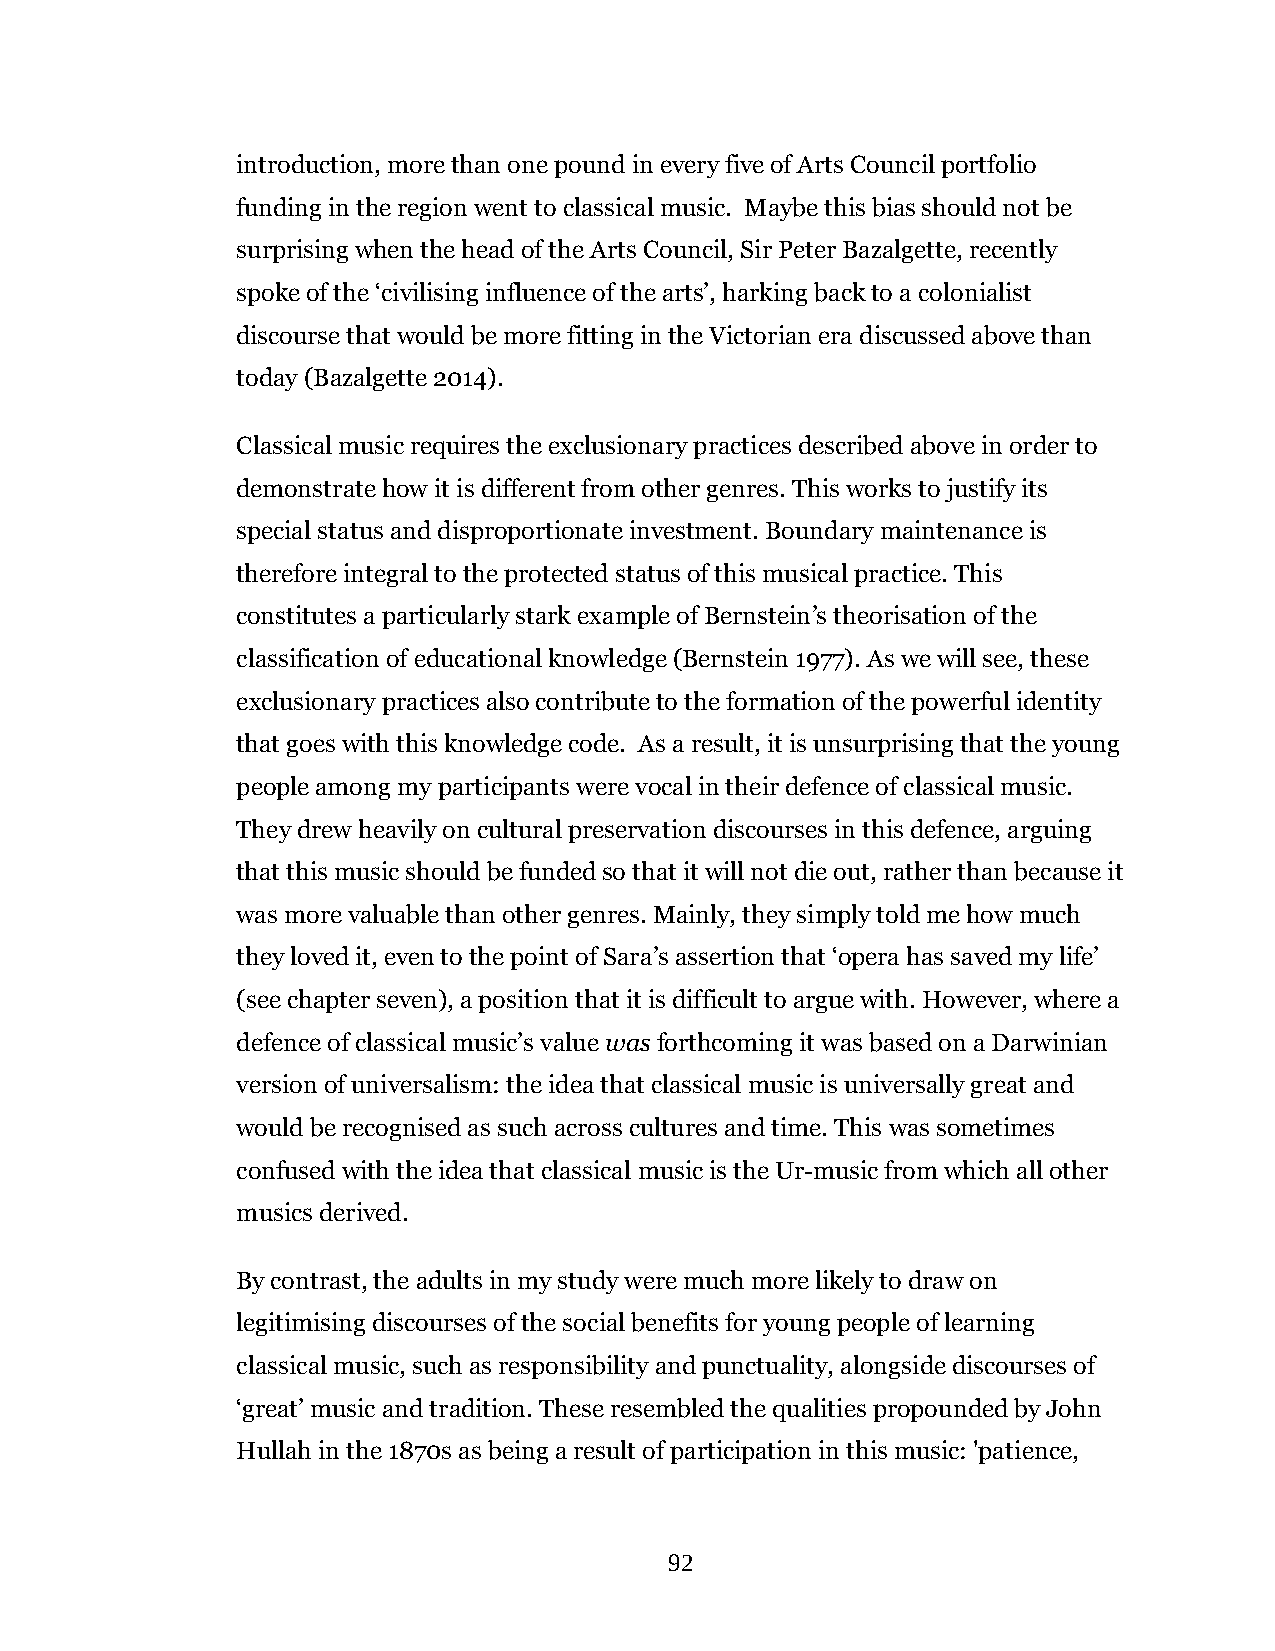
introduction, more than one pound in every five of Arts Council portfolio
 funding in the region went to classical music. Maybe this bias should not be
 surprising when the head of the Arts Council, Sir Peter Bazalgette, recently
 spoke of the ‘civilising influence of the arts’, harking back to a colonialist
 discourse that would be more fitting in the Victorian era discussed above than
 today (Bazalgette 2014).
 Classical music requires the exclusionary practices described above in order to
 demonstrate how it is different from other genres. This works to justify its
 special status and disproportionate investment. Boundary maintenance is
 therefore integral to the protected status of this musical practice. This
 constitutes a particularly stark example of Bernstein’s theorisation of the
 classification of educational knowledge (Bernstein 1977). As we will see, these
 exclusionary practices also contribute to the formation of the powerful identity
 that goes with this knowledge code. As a result, it is unsurprising that the young
 people among my participants were vocal in their defence of classical music.
 They drew heavily on cultural preservation discourses in this defence, arguing
 that this music should be funded so that it will not die out, rather than because it
 was more valuable than other genres. Mainly, they simply told me how much
 they loved it, even to the point of Sara’s assertion that ‘opera has saved my life’
 (see chapter seven), a position that it is difficult to argue with. However, where a
 defence of classical music’s value was forthcoming it was based on a Darwinian
 version of universalism: the idea that classical music is universally great and
 would be recognised as such across cultures and time. This was sometimes
 confused with the idea that classical music is the Ur-music from which all other
 musics derived.
 By contrast, the adults in my study were much more likely to draw on
 legitimising discourses of the social benefits for young people of learning
 classical music, such as responsibility and punctuality, alongside discourses of
 ‘great’ music and tradition. These resembled the qualities propounded by John
 Hullah in the 1870s as being a result of participation in this music: 'patience,
 92